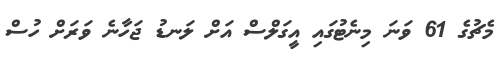
މެޗުގެ 61 ވަނަ މިނެޓުގައި އީގަލްސް އަށް ލަނޑު ޖަހާނެ ވަރަށް ހުސް